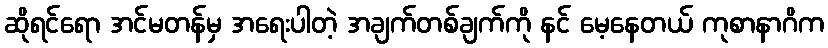
ဆိုရင်ရော အင်မတန်မှ အရေးပါတဲ့ အချက်တစ်ချက်ကို နင် မေ့နေတယ် ကုစာနာဂိက